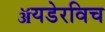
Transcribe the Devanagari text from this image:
ॲयडेरविच